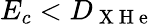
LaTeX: E_{c}<D_{\mathrm{~X~H~e~}}